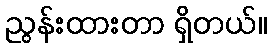
ညွန်းထားတာ ရှိတယ်။